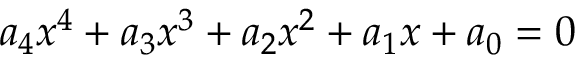
a _ { 4 } x ^ { 4 } + a _ { 3 } x ^ { 3 } + a _ { 2 } x ^ { 2 } + a _ { 1 } x + a _ { 0 } = 0